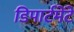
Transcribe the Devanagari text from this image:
डिपार्टमेंटे